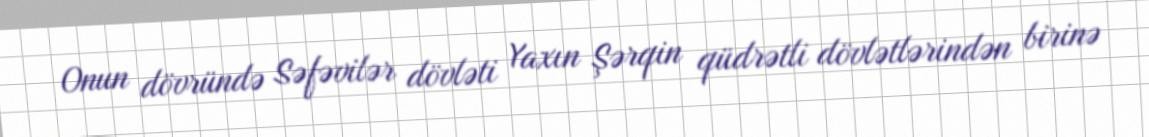
Onun dövründə Səfəvilər dövləti Yaxın Şərqin qüdrətli dövlətlərindən birinə